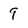
Character: 9